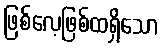
ဖြစ်လေ့ဖြစ်ထရှိသော